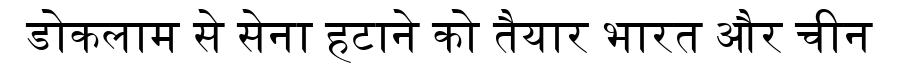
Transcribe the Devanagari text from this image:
डोकलाम से सेना हटाने को तैयार भारत और चीन